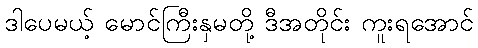
ဒါပေမယ့် မောင်ကြီးနှမတို့ ဒီအတိုင်း ကူးရအောင်